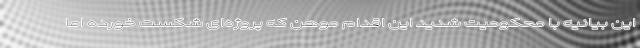
این بیانیه با محکومیت شدید این اقدام موهن که پروژه‌ای شکست خورده اما